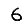
Digit: 6